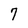
Character: 7